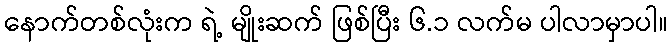
နောက်တစ်လုံးက ရဲ့ မျိုးဆက် ဖြစ်ပြီး ၆.၁ လက်မ ပါလာမှာပါ။